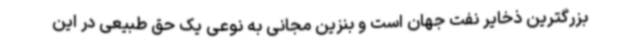
بزرگترین ذخایر نفت جهان است و بنزین مجانی به نوعی یک حق طبیعی در این